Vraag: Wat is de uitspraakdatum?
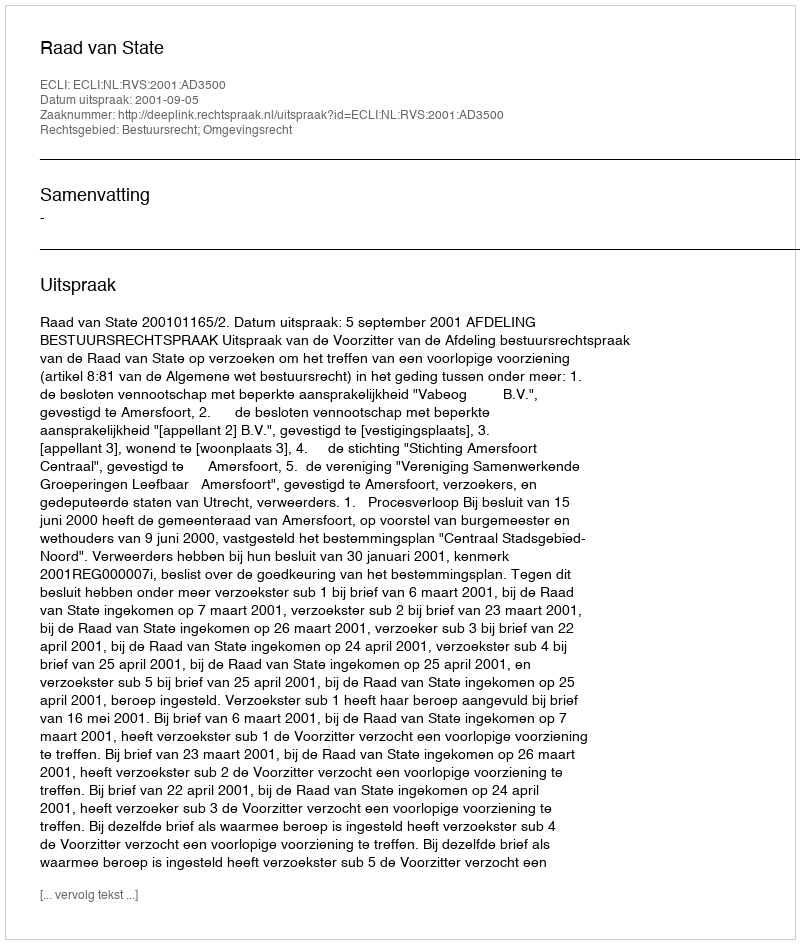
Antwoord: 2001-09-05